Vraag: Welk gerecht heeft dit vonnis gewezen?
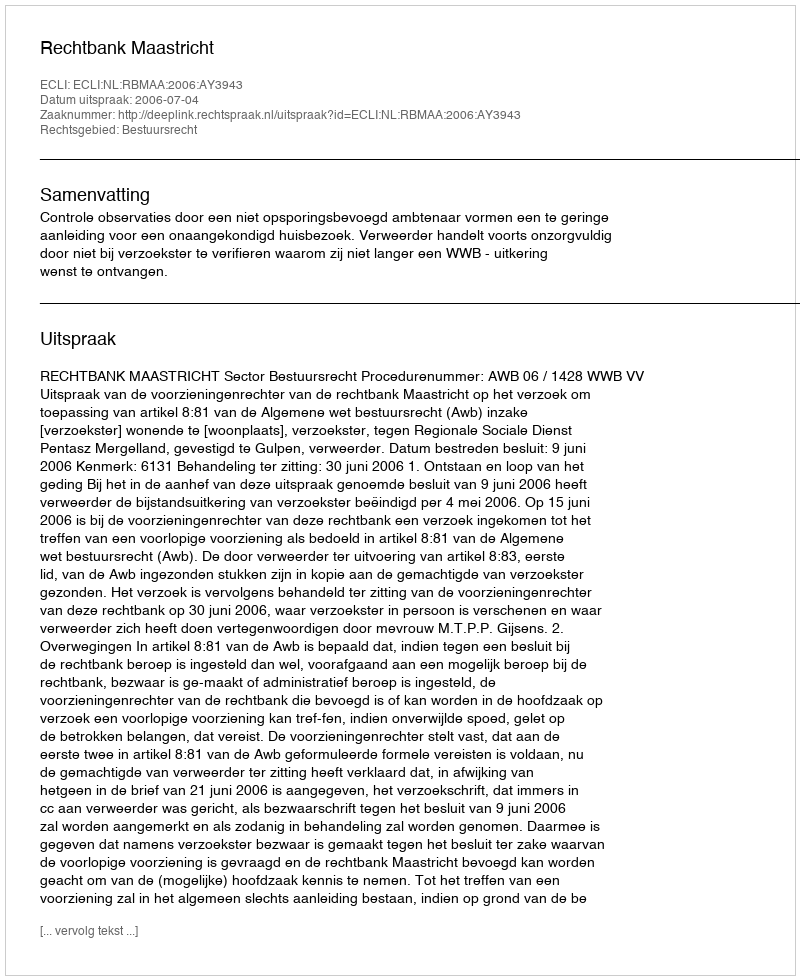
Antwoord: Rechtbank Maastricht